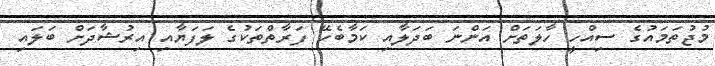
މުޖުތަމައުގެ ސިއްހީ ހާލަތަށް އަންނަ ބަދަލާއި ކަމާބެހޭ ފަރާތްތަކުގެ ލަފަޔާއި އިރުޝާދަށް ބަލައި